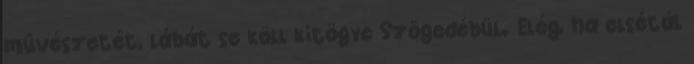
mûvészetét, lábát se köll kitögye Szögedébül. Elég, ha elsétál